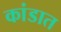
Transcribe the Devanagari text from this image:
कांडात